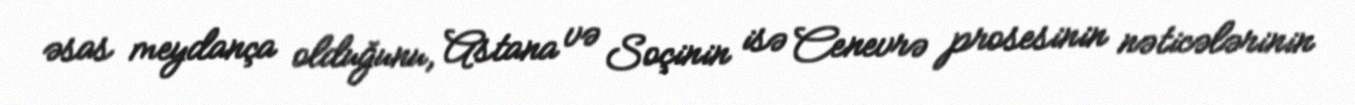
əsas meydança olduğunu, Astana və Soçinin isə Cenevrə prosesinin nəticələrinin